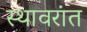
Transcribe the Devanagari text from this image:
स्थावरांत